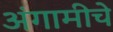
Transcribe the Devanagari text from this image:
अंगामीचे